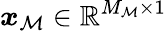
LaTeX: \boldsymbol{x}_{\mathcal{M}}\in\mathbb{R}^{M_{\mathcal{M}}\times 1}